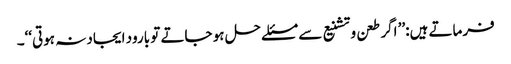
فرماتے ہیں:’’ اگر طعن و تشنیع سے مسئلے حل ہو جاتے تو بارود ایجاد نہ ہوتی‘‘۔